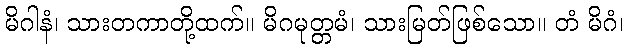
မိဂါနံ၊ သားတကာတို့ထက်။ မိဂမုတ္တမံ၊ သားမြတ်ဖြစ်သော။ တံ မိဂံ၊